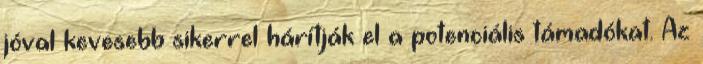
jóval kevesebb sikerrel hárítják el a potenciális támadókat. Az